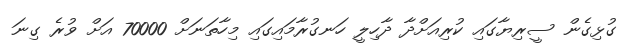
ގުޅިގެން ސީރިޔާގައި ކުރިއަށްދާ ދާހިލީ ހަނގުރާމައިގައި މިހާތަނަށް 70000 އަށް ވުރެ ގިނަ